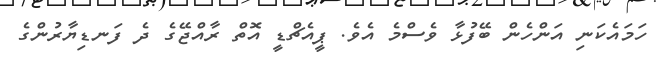
ހަމައެކަނި އަންހެން ބޭފުޅާ ވެސްމެ އެވެ. ޕީއެޗްޑީ އޮތް ރާއްޖޭގެ ދެ ފަނޑިޔާރުންގެ